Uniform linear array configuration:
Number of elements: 12
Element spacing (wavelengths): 1
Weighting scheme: binomial
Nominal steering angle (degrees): -30
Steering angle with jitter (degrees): -28.435
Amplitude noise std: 0.05
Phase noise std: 0.05

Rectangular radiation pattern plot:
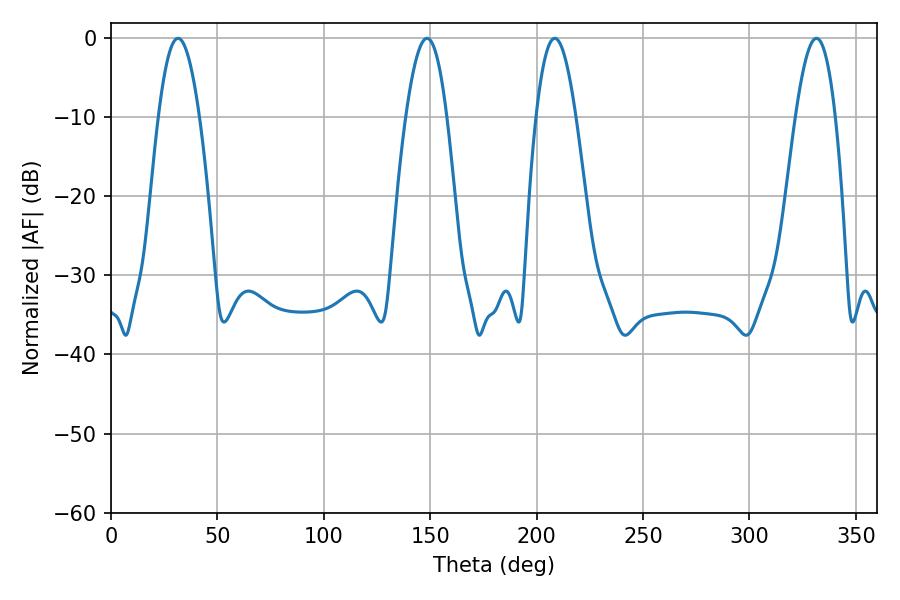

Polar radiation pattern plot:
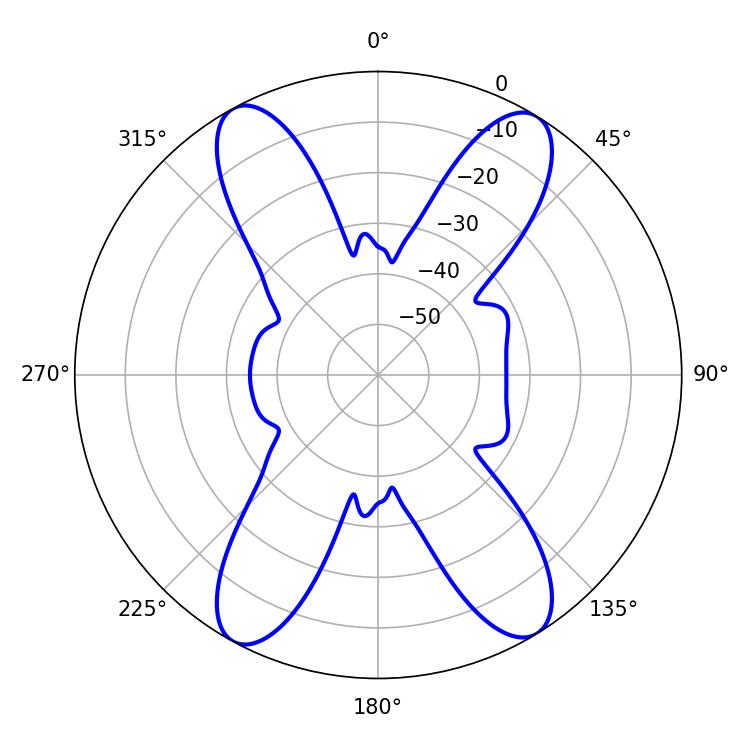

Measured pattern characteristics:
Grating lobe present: TRUE
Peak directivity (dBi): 19.505
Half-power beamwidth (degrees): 10.44
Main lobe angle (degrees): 31.5